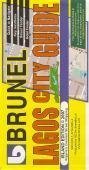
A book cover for Lagos City Guide Map; Dominic Gusah; Travel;